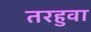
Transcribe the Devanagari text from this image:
तरहुवा